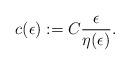
LaTeX: \begin{align*} c(\epsilon) := C \frac{\epsilon}{\eta(\epsilon)}. \end{align*}